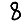
Digit: 8